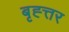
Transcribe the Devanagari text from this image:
बृह्त्तर